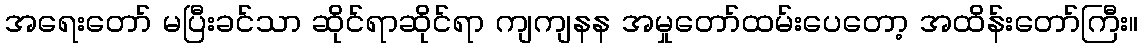
အရေးတော် မပြီးခင်သာ ဆိုင်ရာဆိုင်ရာ ကျကျနန အမှုတော်ထမ်းပေတော့ အထိန်းတော်ကြီး။